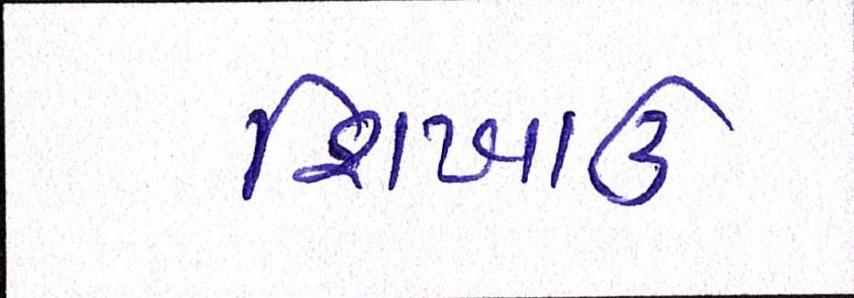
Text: શિખાઉ